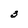
Character: 3